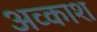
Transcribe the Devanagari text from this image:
अव्काश